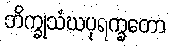
ဘိက္ခုသံဃပုရက္ခတော